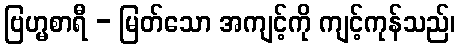
ဗြဟ္မစာရီ - မြတ်သော အကျင့်ကို ကျင့်ကုန်သည်၊